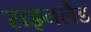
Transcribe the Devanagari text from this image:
राइनलैड